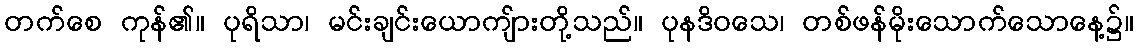
တက်စေ ကုန်၏။ ပုရိသာ၊ မင်းချင်းယောကျ်ားတို့သည်။ ပုနဒိဝသေ၊ တစ်ဖန်မိုးသောက်သောနေ့၌။